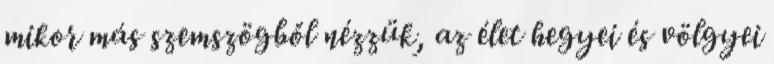
mikor más szemszögből nézzük, az élet hegyei és völgyei